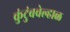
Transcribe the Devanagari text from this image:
कुंटुंबवेल्हाळ